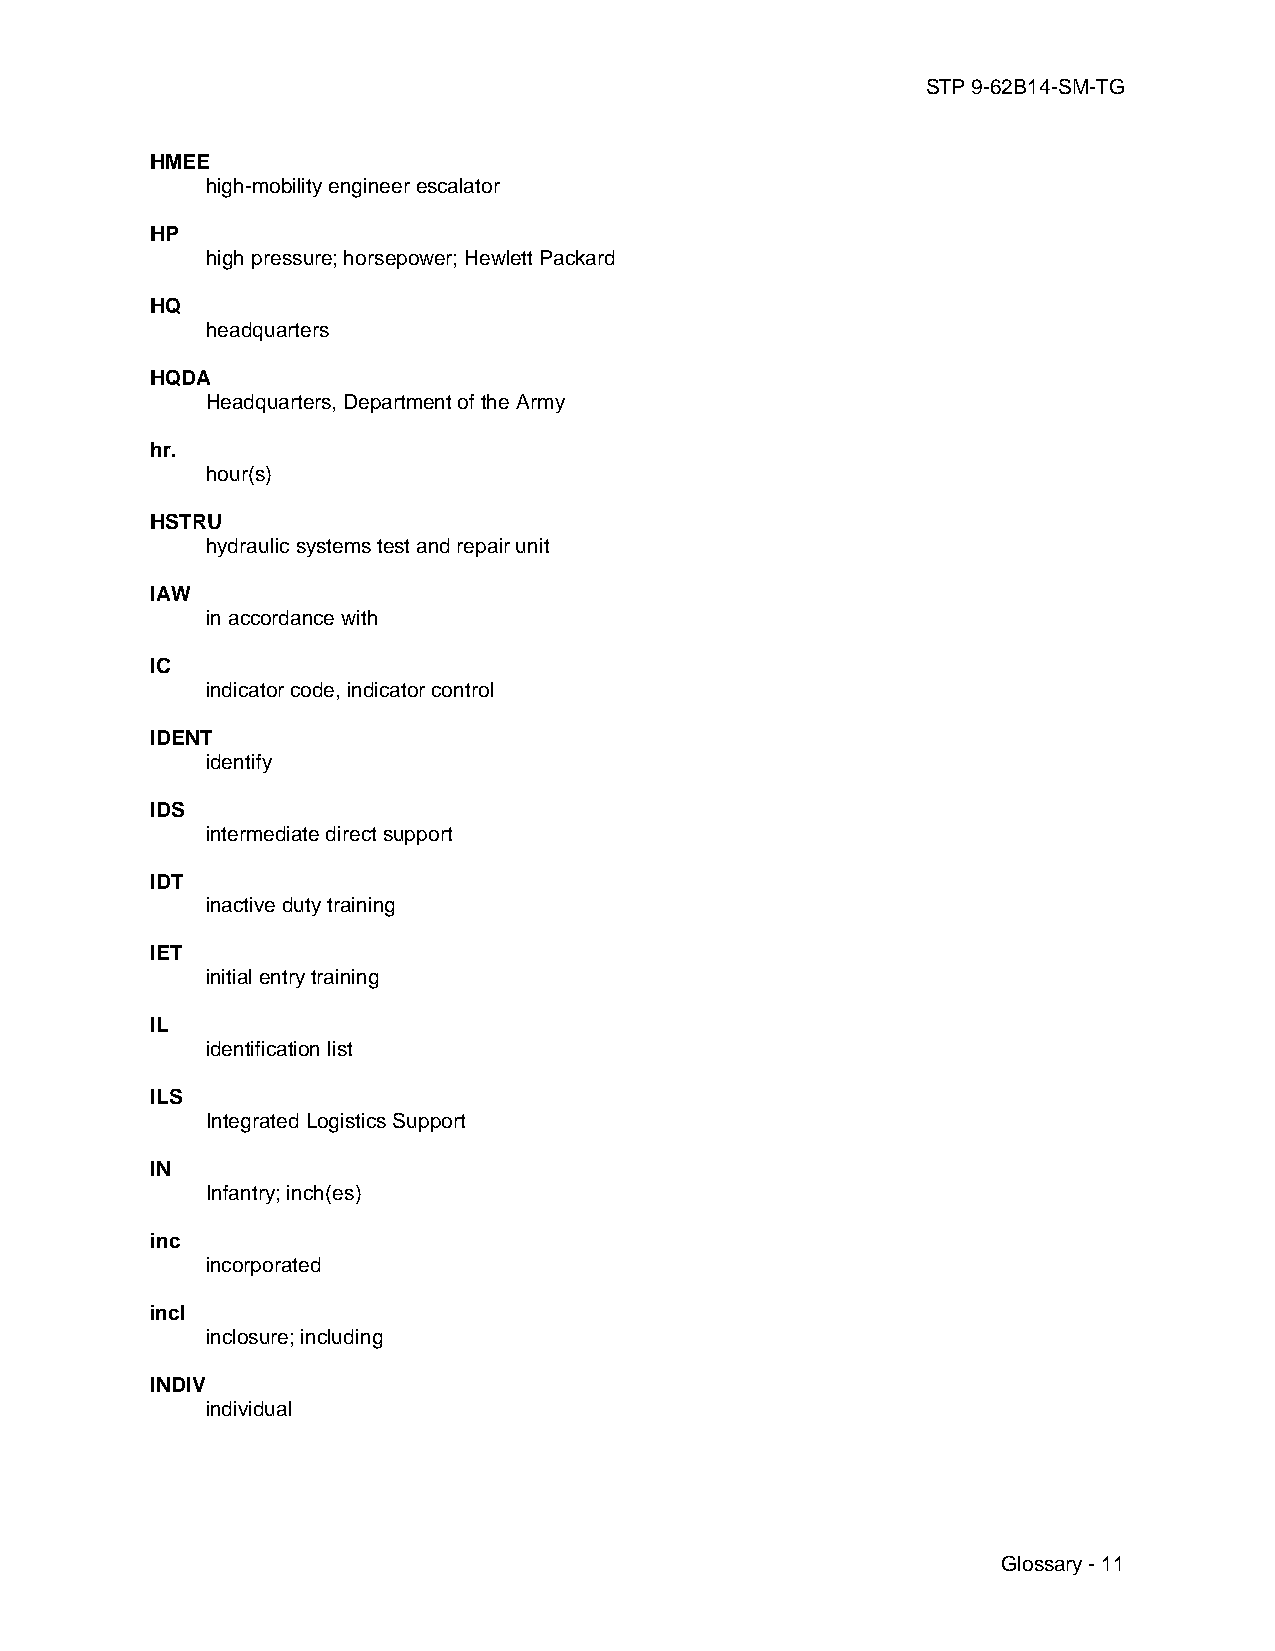
STP 9-62B14-SM-TG
 HMEE
 high-mobility engineer escalator
 HP
 high pressure; horsepower; Hewlett Packard
 HQ
 headquarters
 HQDA
 Headquarters, Department of the Army
 hr.
 hour(s)
 HSTRU
 hydraulic systems test and repair unit
 IAW
 in accordance with
 IC
 indicator code, indicator control
 IDENT
 identify
 IDS
 intermediate direct support
 IDT
 inactive duty training
 IET
 initial entry training
 IL
 identification list
 ILS
 Integrated Logistics Support
 IN
 Infantry; inch(es)
 inc
 incorporated
 incl
 inclosure; including
 INDIV
 individual
 Glossary - 11